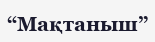
“Мақтаныш”